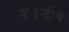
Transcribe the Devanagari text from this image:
सरान्दीब